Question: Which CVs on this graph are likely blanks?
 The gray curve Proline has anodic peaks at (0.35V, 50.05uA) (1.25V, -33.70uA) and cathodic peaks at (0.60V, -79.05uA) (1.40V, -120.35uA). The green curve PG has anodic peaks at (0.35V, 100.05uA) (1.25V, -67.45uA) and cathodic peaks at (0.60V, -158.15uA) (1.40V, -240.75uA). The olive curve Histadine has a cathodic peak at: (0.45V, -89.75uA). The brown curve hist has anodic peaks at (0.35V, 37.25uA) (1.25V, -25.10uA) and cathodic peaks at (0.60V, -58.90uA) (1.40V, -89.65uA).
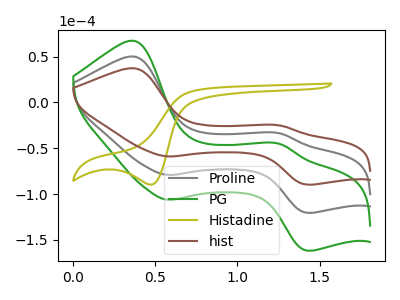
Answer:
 <answer>There are not any CV's on this graph that are likely to be blanks.</answer>
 <eval>none</eval>